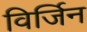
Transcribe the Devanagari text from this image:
विर्जिन